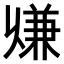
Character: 𠔨